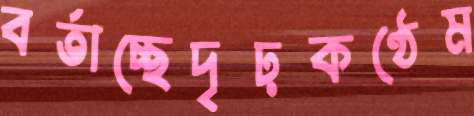
বর্তাচ্ছেদৃঢ়কণ্ঠেম